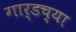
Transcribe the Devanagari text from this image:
गार्डच्या